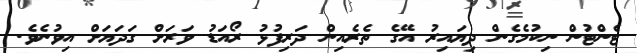
ޓެންޓުން ނިކުމެގެން ދިޔައިރު އޭގެ ތެރެއިން ދަރިފުޅު ރޯއަޑު ވަރަށް ގަދަޔަށް އިވުނެވެ.